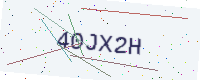
Text: 40JX2H